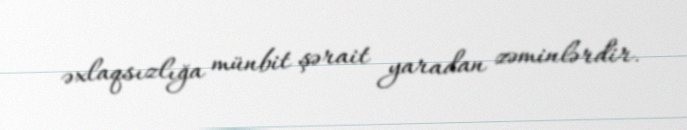
əxlaqsızlığa münbit şərait yaradan zəminlərdir.